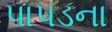
પાપડના